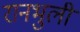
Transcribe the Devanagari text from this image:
रानभुली